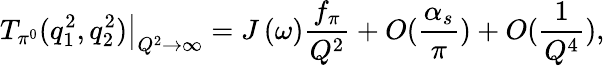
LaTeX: \left.T_{\pi^{0}}(q_{1}^{2},q_{2}^{2})\right|_{Q^{2}\rightarrow\infty}=J\left(\omega\right)\frac{f_{\pi}}{Q^{2}}+O(\frac{\alpha_{s}}{\pi})+O(\frac{1}{Q^{4}}),